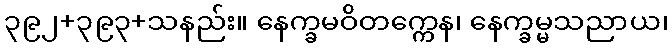
၃၉၂+၃၉၃+သနည်း။ နေက္ခမဝိတက္ကေန၊ နေက္ခမ္မသညာယ၊